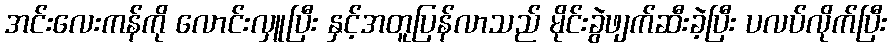
အင်းလေးကန်ကို လောင်းလှူပြီး နှင့်အတူပြန်လာသည် မိုင်းခွဲဖျက်ဆီးခဲ့ပြီး ပလပ်လိုက်ပြီး